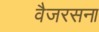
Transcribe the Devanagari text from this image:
वैजरसना